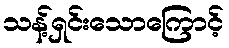
သန့်ရှင်းသောကြောင့်